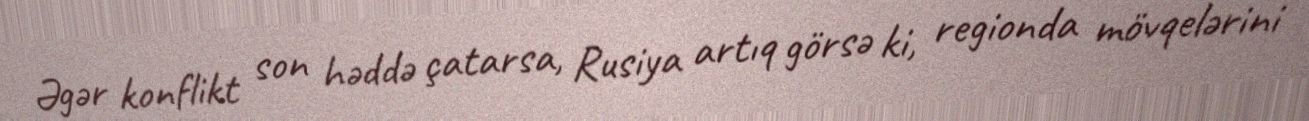
Əgər konflikt son həddə çatarsa, Rusiya artıq görsə ki, regionda mövqelərini